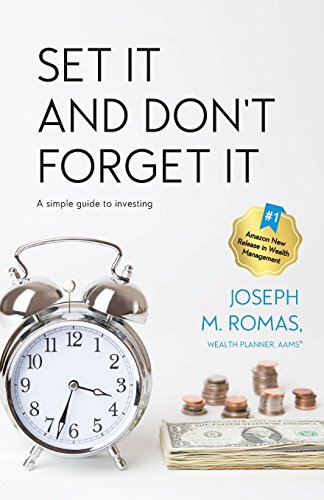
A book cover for Set It and Don't Forget It: A Simple Guide to Investing; Joseph M Romas; Business & Money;